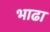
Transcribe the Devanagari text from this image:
भाढा